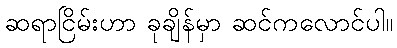
ဆရာငြိမ်းဟာ ခုချိန်မှာ ဆင်ကလောင်ပါ။